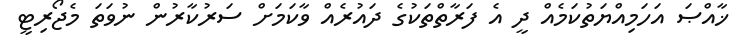
ޚާއްޞަ އަހަމިއްޔަތުކަމެއް ދީ އެ ފަރާތްތަކުގެ ދައުރެއް ވާކަމަށް ސަރުކާރުން ނުވަތަ މެޖޯރިޓީ